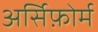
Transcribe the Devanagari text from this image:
अर्सिफ़ोर्म